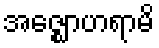
အဇ္ဈောဟရာမိ